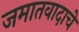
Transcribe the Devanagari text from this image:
जमातवादाचे